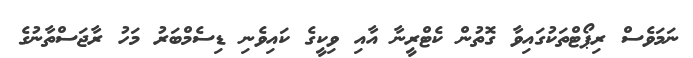
ނަމަވެސް ރިޕޯޓްތަކުގައިވާ ގޮތުން ކެޓްރީނާ އާއި ވިކީގެ ކައިވެނި ޑިސެމްބަރު މަހު ރާޖަސްތާނުގެ